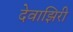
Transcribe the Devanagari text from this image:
देवाझिरी